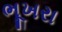
ભૂખરા